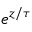
e ^ { z / \tau }